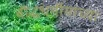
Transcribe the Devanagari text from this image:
बौद्धधर्मीयांच्या